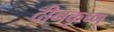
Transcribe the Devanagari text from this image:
दीनकृष्ण